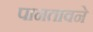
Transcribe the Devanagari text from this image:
पानतावने